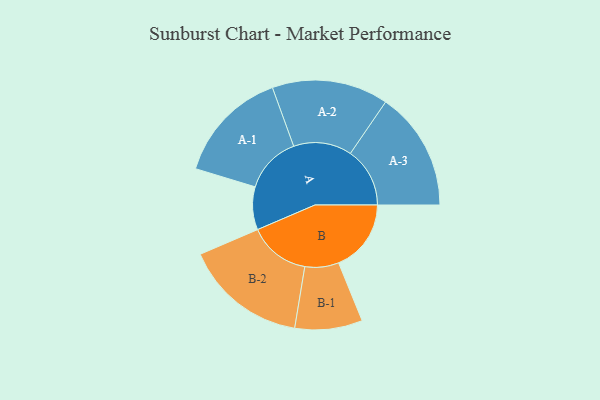
{"axis": {"x": "Segment", "y": "Value"}, "legend": ["", "A", "B"], "data": [{"x": "A", "y": 197, "type": ""}, {"x": "B", "y": 333, "type": ""}, {"x": "A-1", "y": 261, "type": "A"}, {"x": "A-2", "y": 267, "type": "A"}, {"x": "A-3", "y": 273, "type": "A"}, {"x": "B-1", "y": 155, "type": "B"}, {"x": "B-2", "y": 282, "type": "B"}]}